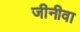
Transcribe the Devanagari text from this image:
जीनीवा